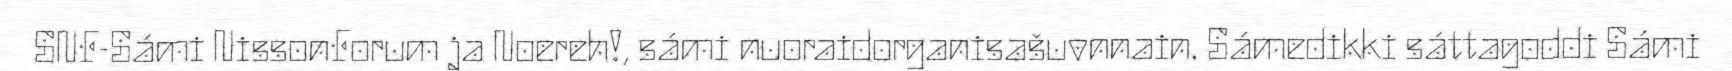
SNF-Sámi NissonForum ja Noereh!, sámi nuoraidorganisašuvnnain. Sámedikki sáttagoddi Sámi